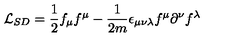
{ \cal L } _ { S D } = \frac { 1 } { 2 } f _ { \mu } f ^ { \mu } - \frac { 1 } { 2 m } \epsilon _ { \mu \nu \lambda } f ^ { \mu } \partial ^ { \nu } f ^ { \lambda }